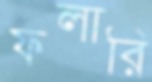
ফলারি